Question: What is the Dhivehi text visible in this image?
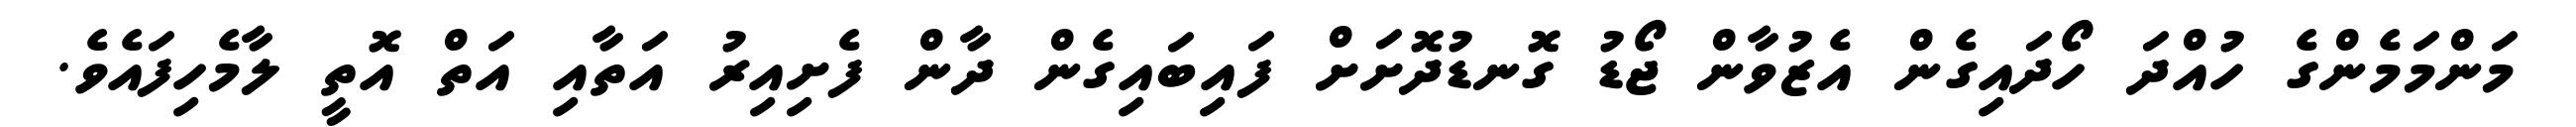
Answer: މަންމަމެންގެ ހުއްދަ ހޯދައިގެން އެޒުވާން ޖޯޑު ގޮނޑުދޮށަށް ފައިބައިގެން ދާން ފެށިއިރު އަތާއި އަތް އޮތީ ލާމެހިފައެވެ.